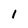
Character: 1